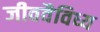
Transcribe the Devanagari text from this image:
जीववैविध्य